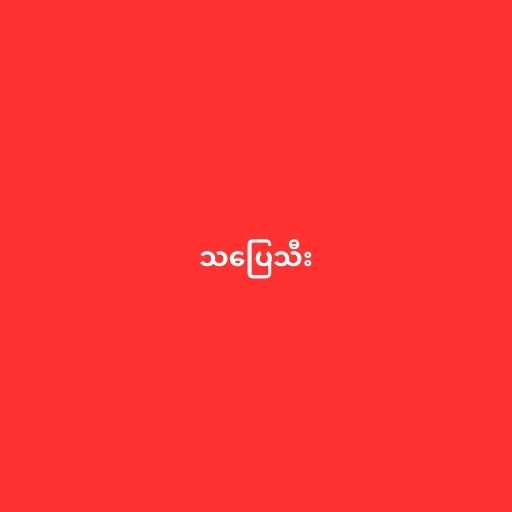
သပြေသီး